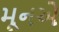
મૂનએ